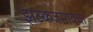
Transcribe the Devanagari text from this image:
झटकजमावचा